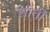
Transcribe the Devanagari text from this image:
शाँती